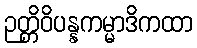
ဉတ္တိဝိပန္နကမ္မာဒိကထာ